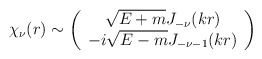
\begin{align*}\chi_{\nu}(r) \sim \left(\begin{array}{c}\sqrt{E+m}J_{-\nu}(kr)\\-i\sqrt{E-m}J_{-\nu-1}(kr)\end{array}\right)\end{align*}